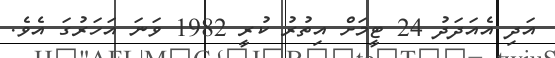
އަދި އެއަދަދު 24 ޓީމަށް އިތުރު ކުރީ 1982 ވަނަ އަހަރުގަ އެވެ.